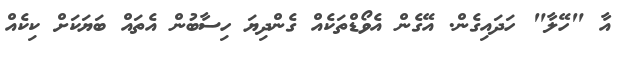
އާ "ހޭލާ" ހަދައިގެން. އޭގެން އެވޯޑްތަކެއް ގެންދިޔަ ހިސާބުން އެތައް ބަޔަކަށް ކިކެއް